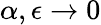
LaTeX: \alpha,\epsilon\to 0